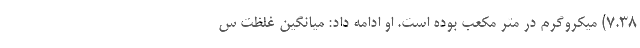
۷.۳۸) میکروگرم در متر مکعب بوده است. او ادامه داد: میانگین غلظت س